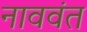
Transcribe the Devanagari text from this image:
नाववंत